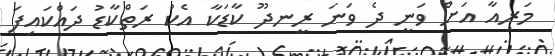
މަރިއާ އަށް ވަނީ ދެ ވަނަ ރީނދޫ ކާޑަކާ އެކު ރަތްކާޑު ދައްކައިފަ